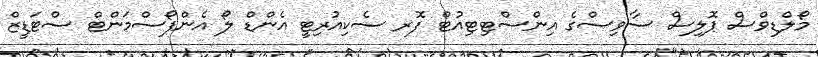
މޯލްޑިވްސް ޕޮލިސް ސާވިސްގެ އިންސްޓިޓިއުޓް ފޮރ ސެކިއުރިޓީ އެންޑް ލޯ އެންފޯސްމަންޓް ސްޓަޑީޒް